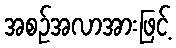
အစဉ်အလာအားဖြင့်